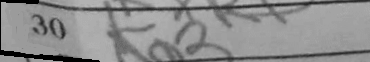
Transcription: Ka3